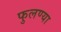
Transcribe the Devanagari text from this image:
फुलण्या